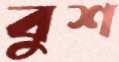
বুশ